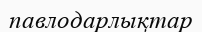
павлодарлықтар